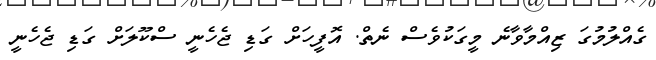
ގެއްލުމުގަ ޒިއްމާވާނެ މީގަކުވެސް ނެތް. އޮފީހަށްް ގަޑި ޖެހެނީ ސްކޫލަށްް ގަޑި ޖެހެނީ